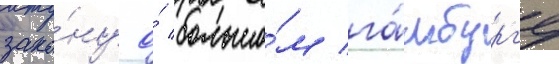
зако́ну о́ большо́м га́мбург'е